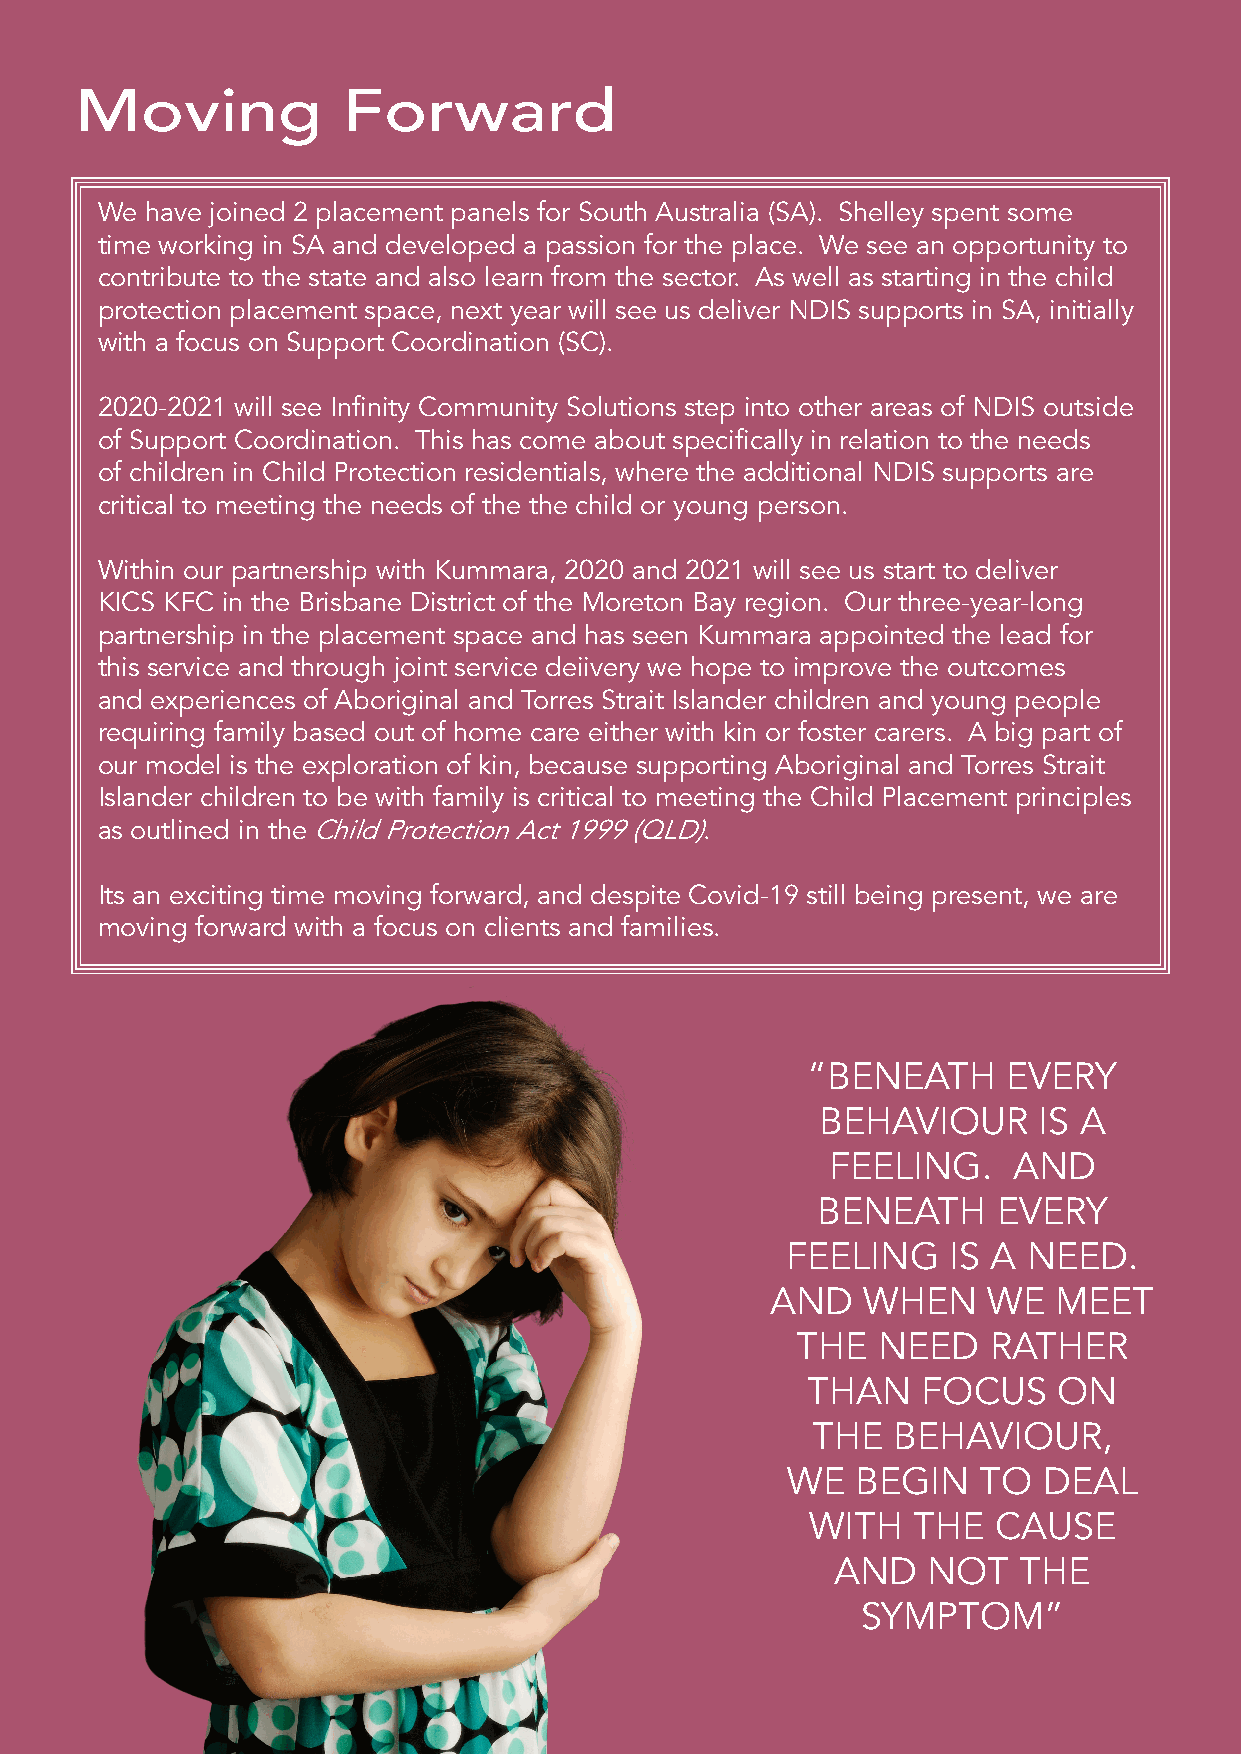
Moving            Forward
 We  have joined 2 placement panels for South Australia (SA)� Shelley spent some
 time working in SA and developed a passion for the place� We see an opportunity to
 contribute to the state and also learn from the sector� As well as starting in the child
 protection placement space, next year will see us deliver NDIS supports in SA, initially
 with a focus on Support Coordination (SC)�
 2020-2021 will see Infinity Community Solutions step into other areas of NDIS outside
 of Support Coordination� This has come about specifically in relation to the needs
 of children in Child Protection residentials, where the additional NDIS supports are
 critical to meeting the needs of the the child or young person�
 Within our partnership with Kummara, 2020 and 2021 will see us start to deliver
 KICS KFC in the Brisbane District of the Moreton Bay region� Our three-year-long
 partnership in the placement space and has seen Kummara appointed the lead for
 this service and through joint service deiivery we hope to improve the outcomes
 and experiences of Aboriginal and Torres Strait Islander children and young people
 requiring family based out of home care either with kin or foster carers� A big part of
 our model is the exploration of kin, because supporting Aboriginal and Torres Strait
 Islander children to be with family is critical to meeting the Child Placement principles
 as outlined in the Child Protection Act 1999 (QLD)�
 Its an exciting time moving forward, and despite Covid-19 still being present, we are
 moving forward with a focus on clients and families�
 “BENEATH      EVERY
 BEHAVIOUR      IS A
 FEELING�    AND
 BENEATH     EVERY
 FEELING    IS A NEED�
 AND   WHEN    WE   MEET
 THE  NEED   RATHER
 THAN    FOCUS    ON
 THE  BEHAVIOUR,
 WE   BEGIN   TO  DEAL
 WITH  THE   CAUSE
 AND   NOT   THE
 SYMPTOM”
 Page
 21